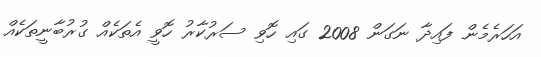
އަހަރެމެން ފައިދާ ނަގަން 2008 ގައި ހޮވި ސަރުކާރު ހޮވީ އެތަކެއް ގުރުބާނީތަކެއް